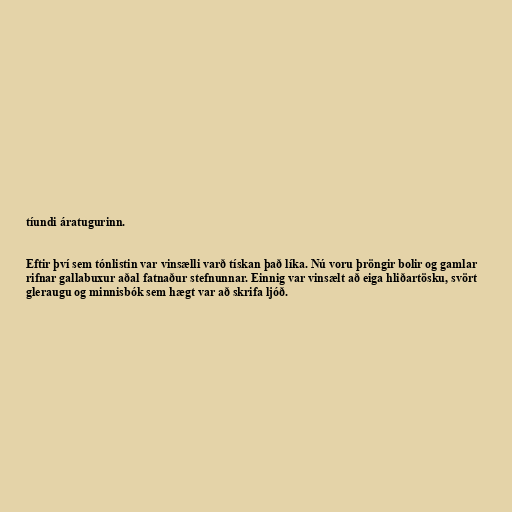
tíundi áratugurinn.

Eftir því sem tónlistin var vinsælli varð tískan það líka. Nú voru þröngir bolir og gamlar
rifnar gallabuxur aðal fatnaður stefnunnar. Einnig var vinsælt að eiga hliðartösku, svört
gleraugu og minnisbók sem hægt var að skrifa ljóð.